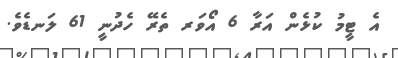
އެ ޓީމު ކުޅެން އަރާ 6 އޯވަރ ތެރޭ ހެދުނީ 61 ލަނޑެވެ.